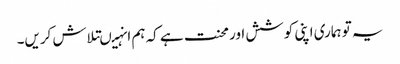
یہ تو ہماری اپنی کوشش اور محنت ہے کہ ہم انہیںتلاش کریں۔